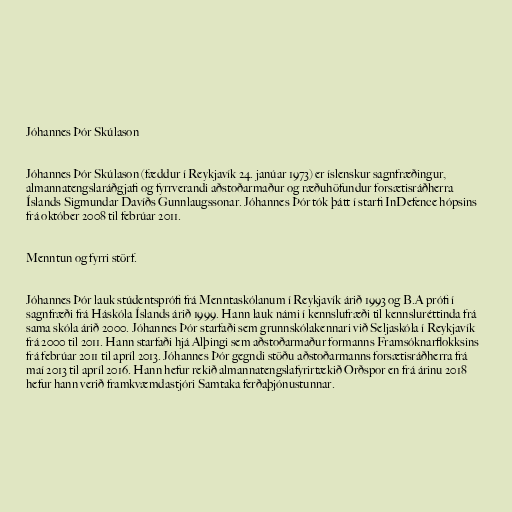
Jóhannes Þór Skúlason

Jóhannes Þór Skúlason (fæddur í Reykjavík 24. janúar 1973) er íslenskur sagnfræðingur,
almannatengslaráðgjafi og fyrrverandi aðstoðarmaður og ræðuhöfundur forsætisráðherra
Íslands Sigmundar Davíðs Gunnlaugssonar. Jóhannes Þór tók þátt í starfi InDefence hópsins
frá október 2008 til febrúar 2011.

Menntun og fyrri störf.

Jóhannes Þór lauk stúdentsprófi frá Menntaskólanum í Reykjavík árið 1993 og B.A prófi í
sagnfræði frá Háskóla Íslands árið 1999. Hann lauk námi í kennslufræði til kennsluréttinda frá
sama skóla árið 2000. Jóhannes Þór starfaði sem grunnskólakennari við Seljaskóla í Reykjavík
frá 2000 til 2011. Hann starfaði hjá Alþingi sem aðstoðarmaður formanns Framsóknarflokksins
frá febrúar 2011 til apríl 2013. Jóhannes Þór gegndi stöðu aðstoðarmanns forsætisráðherra frá
maí 2013 til apríl 2016. Hann hefur rekið almannatengslafyrirtækið Orðspor en frá árinu 2018
hefur hann verið framkvæmdastjóri Samtaka ferðaþjónustunnar.